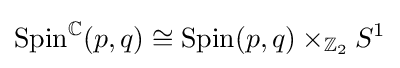
\mathrm {Spin} ^{\mathbb {C} }(p,q)\cong \mathrm {Spin} (p,q)\times _{\mathbb {Z} _{2}}S^{1}